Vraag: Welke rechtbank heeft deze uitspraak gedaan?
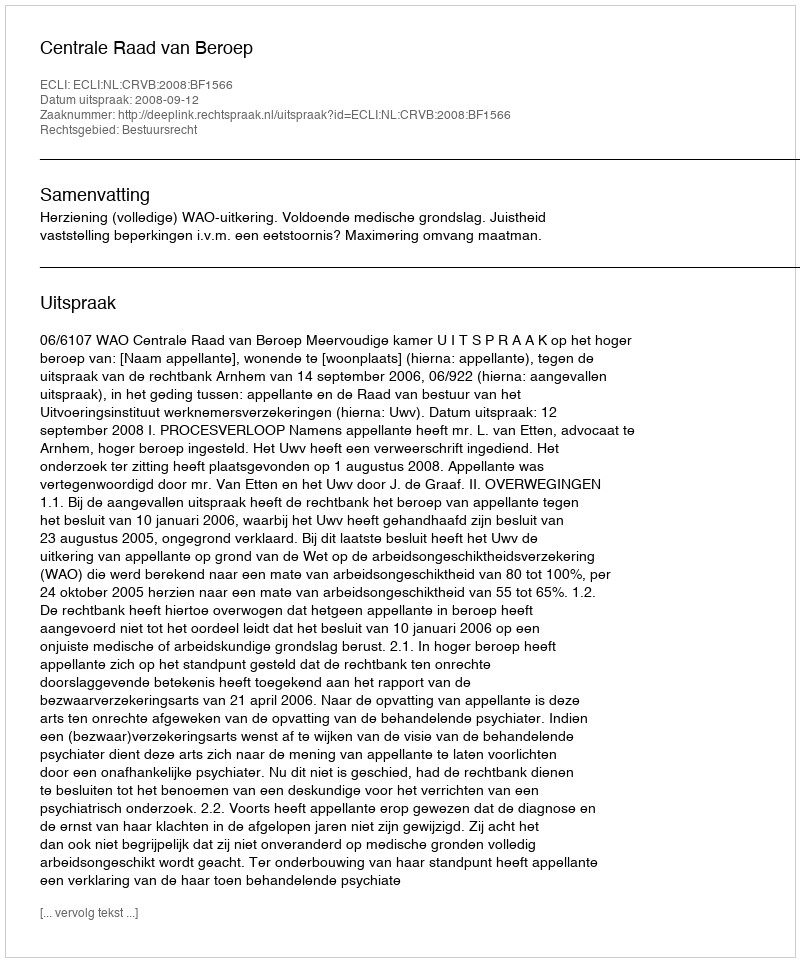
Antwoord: Centrale Raad van Beroep